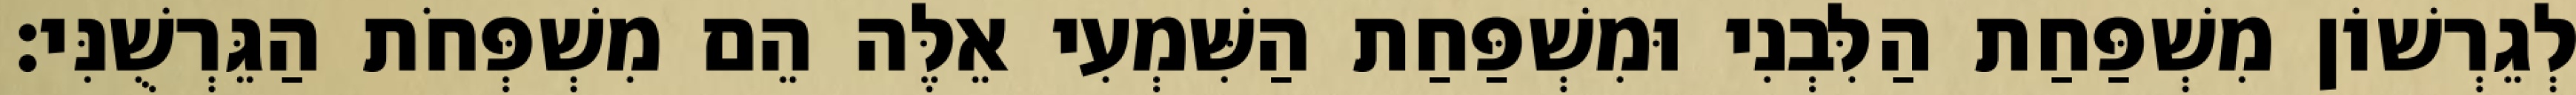
לְגֵרְשׁוֹן מִשְׁפַּחַת הַלִּבְנִי וּמִשְׁפַּחַת הַשִּׁמְעִי אֵלֶּה הֵם מִשְׁפְּחֹת הַגֵּרְשֻׁנִּי׃